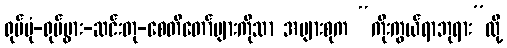
ရုပ်ပုံ-ရုပ်ပွား-ဆင်းတု-စေတီတော်များကိုသာ အများစုက “ကိုးကွယ်ရာဘုရား”လို့